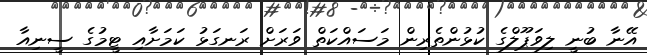
އޭނާ ބުނީ ލިވަޕޫލްގެ ކުޅުންތެރިން މަސައްކަތް ވަރަށް ރަނގަޅު ކަމަށާއި ޓީމުގެ ސީނިއާ